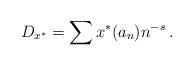
LaTeX: \begin{align*}D_{x^{\ast}} = \sum x^{*}( a_{n} ) n^{-s} \,.\end{align*}